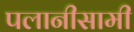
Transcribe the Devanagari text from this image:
पलानीसामी